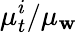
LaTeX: \mu_{t}^{i}/\mu_{\mathbf{w}}